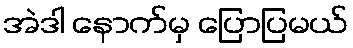
အဲဒါ နောက်မှ ပြောပြမယ်